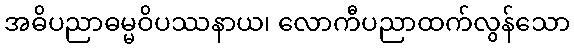
အဓိပညာဓမ္မဝိပဿနာယ၊ လောကီပညာထက်လွန်သော